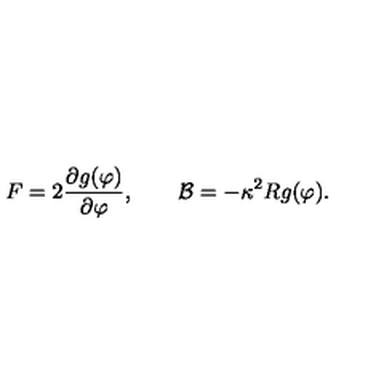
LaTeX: F = 2 \frac { \partial g ( \varphi ) } { \partial \varphi } , \qquad { \cal B } = - \kappa ^ { 2 } R g ( \varphi ) .